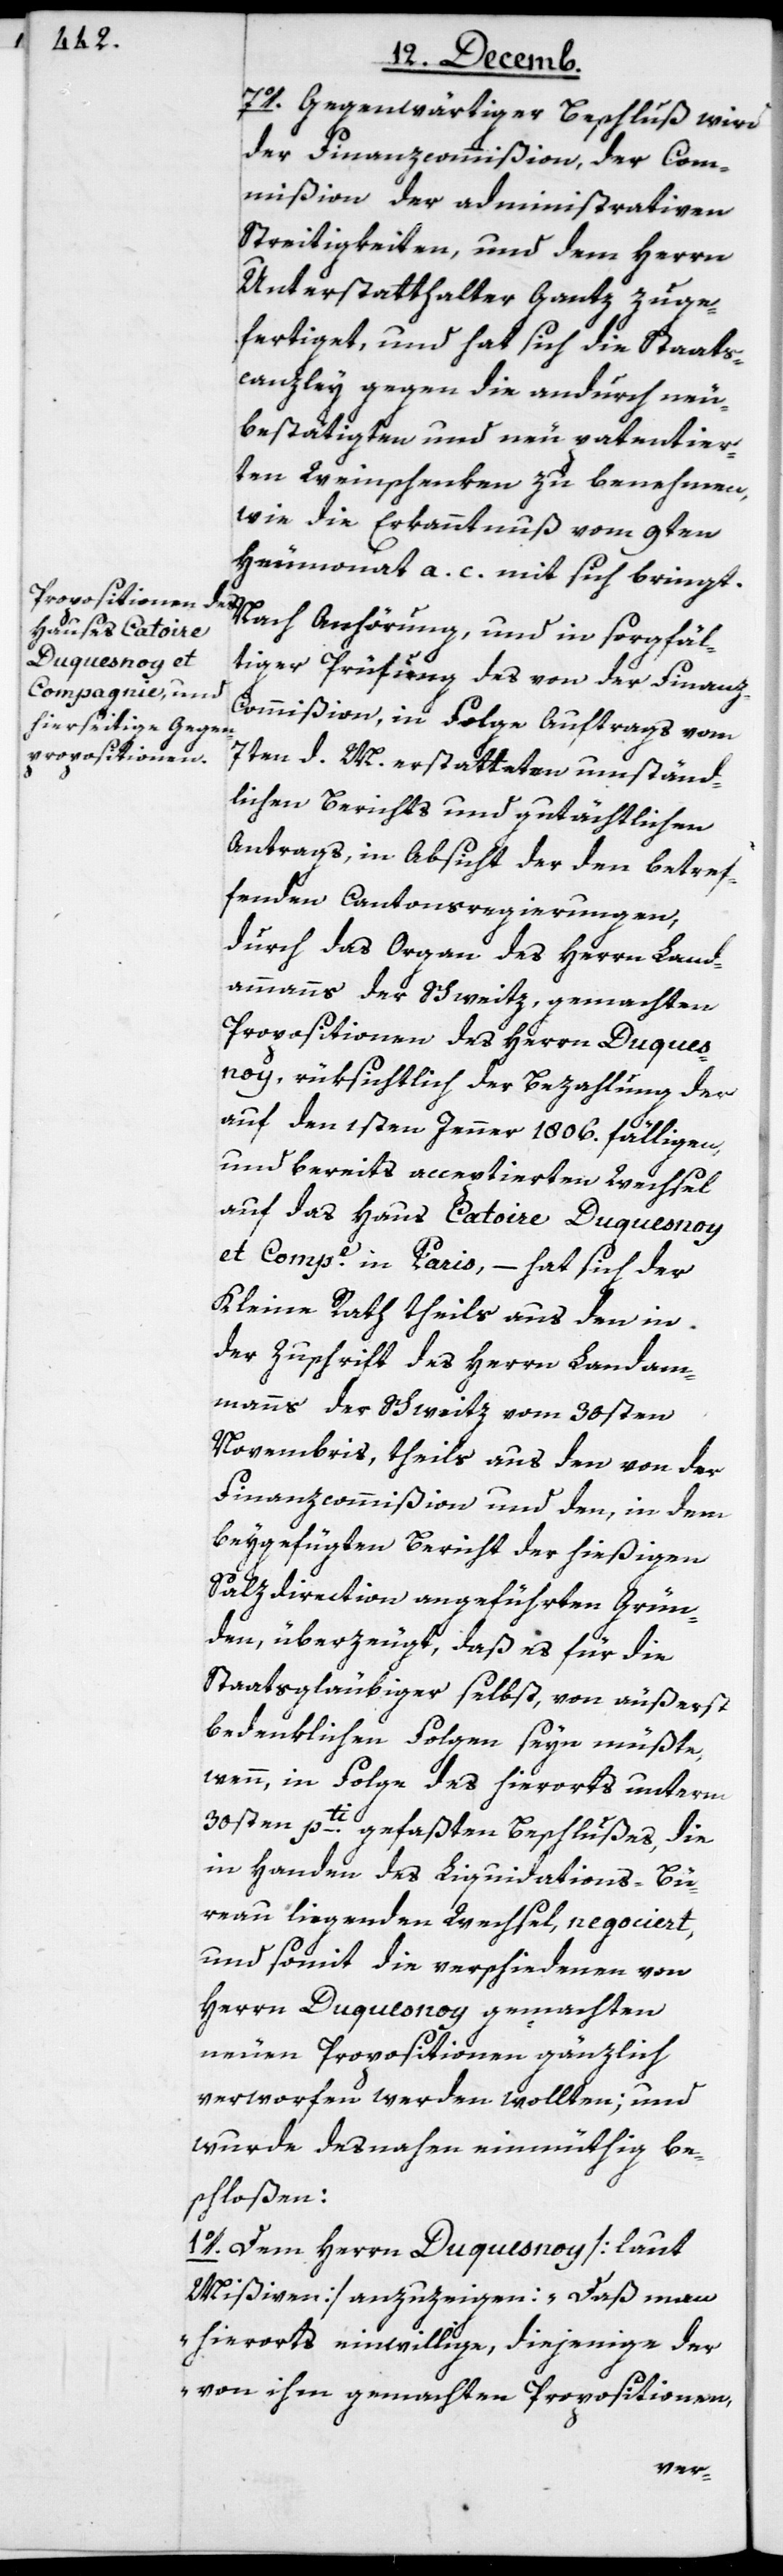
7o. Gegenwärtiger Beschluß wird
der Finanzcommißion, der Com¬
mißion der administrativen
Streitigkeiten und dem Herrn
Unterstatthalter Gantz zuge¬
fertiget, und hat sich die Staats¬
canzley gegen die andurch neu¬
bestätigten und neu patentier¬
ten Weinschenken zu benehmen,
wie die Erkanntnuß vom 9ten
Heumonat a. c. mit sich bringt.
Nach Anhörung, und in sorgfäl¬
tiger Prüfung des von der Finan¬
z-Commißion, in Folge Auftrags vom
7ten d. M. erstatteten umständ¬
lichen Berichts und gutächtlichen
Antrags, in Absicht der den betref¬
fenden Cantonsregierungen,
durch das Organ des Herrn Land¬
ammanns der Schweitz gemachten
Propositionen des Herrn Duques¬
noy, rüksichtlich der Bezahlung der
auf den 1sten Jenner 1806. fälligen,
und bereits acceptierten Wechsel
auf das Haus Catoire Duquesnoy
et Compe. in Paris, – hat sich der
Kleine Rath theils aus den in
der Zuschrift des Herrn Landam¬
mans der Schweiz vom 30sten
Novembris, theils aus den von der
Finanzcommißion und den, in dem
beygefügten Bericht der hießigen
Salzdirection angeführten Grün¬
den, überzeugt, daß es für die
Staatsgläubiger selbst, von äußerst
bedenklichen Folgen seyn müßte,
wenn, in Folge des hierorts unterm
30sten pti. gefaßten Beschlußes, die
in Handen des Liquidations-Bü¬
reau liegenden Wechsel, negociert
und somit die verschiedenen von
Herrn Duquesnoy gemachten
neuen Propositionen gänzlich
verworfen werden wollten; und
wurde desnahen einmüthig be¬
schloßen:
1o. Dem Herrn Duquesnoy [laut
Mißiven] anzuzeigen: „Daß man
hierorts einwillige, diejenige der
von ihm gemachten Propositionen,